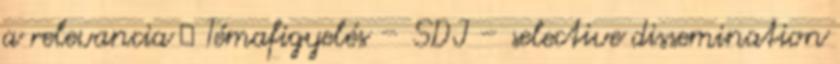
a relevancia  Témafigyelés – SDI – selective dissemination